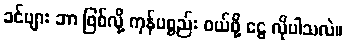
ခင်ဗျား ဘာ ဖြစ်လို့ ကုန်ပစ္စည်း ဝယ်ဖို့ ငွေ လိုပါသလဲ။